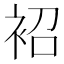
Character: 袑